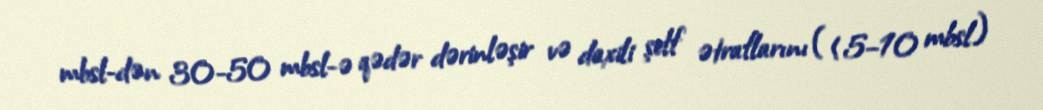
mbsl-dən 30-50 mbsl-ə qədər dərinləşir və daxili şelf ətraflarını (<5–10 mbsl)